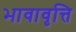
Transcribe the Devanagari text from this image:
भावावृत्ति